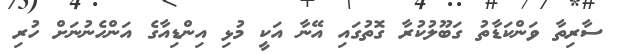
ސާރިތާ ވަންކަޑާތު ގަބޫލުކުރާ ގޮތުގައި އޭނާ އަކީ މުޅި އިންޑިއާގެ އަންހެނުނަށް ހުރި